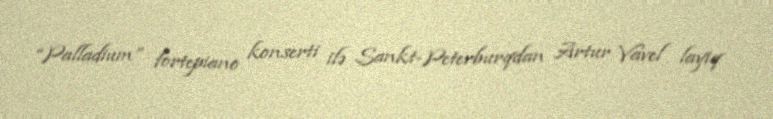
“Palladium” fortepiano konserti ilə Sankt-Peterburqdan Artur Vavel layiq